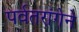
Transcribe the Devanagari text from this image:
पर्वतरांगेने